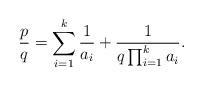
LaTeX: \begin{align*}\frac{p}{q} = \sum_{i=1}^k \frac{1}{a_i} + \frac{1}{q\prod_{i=1}^k a_i}. \end{align*}